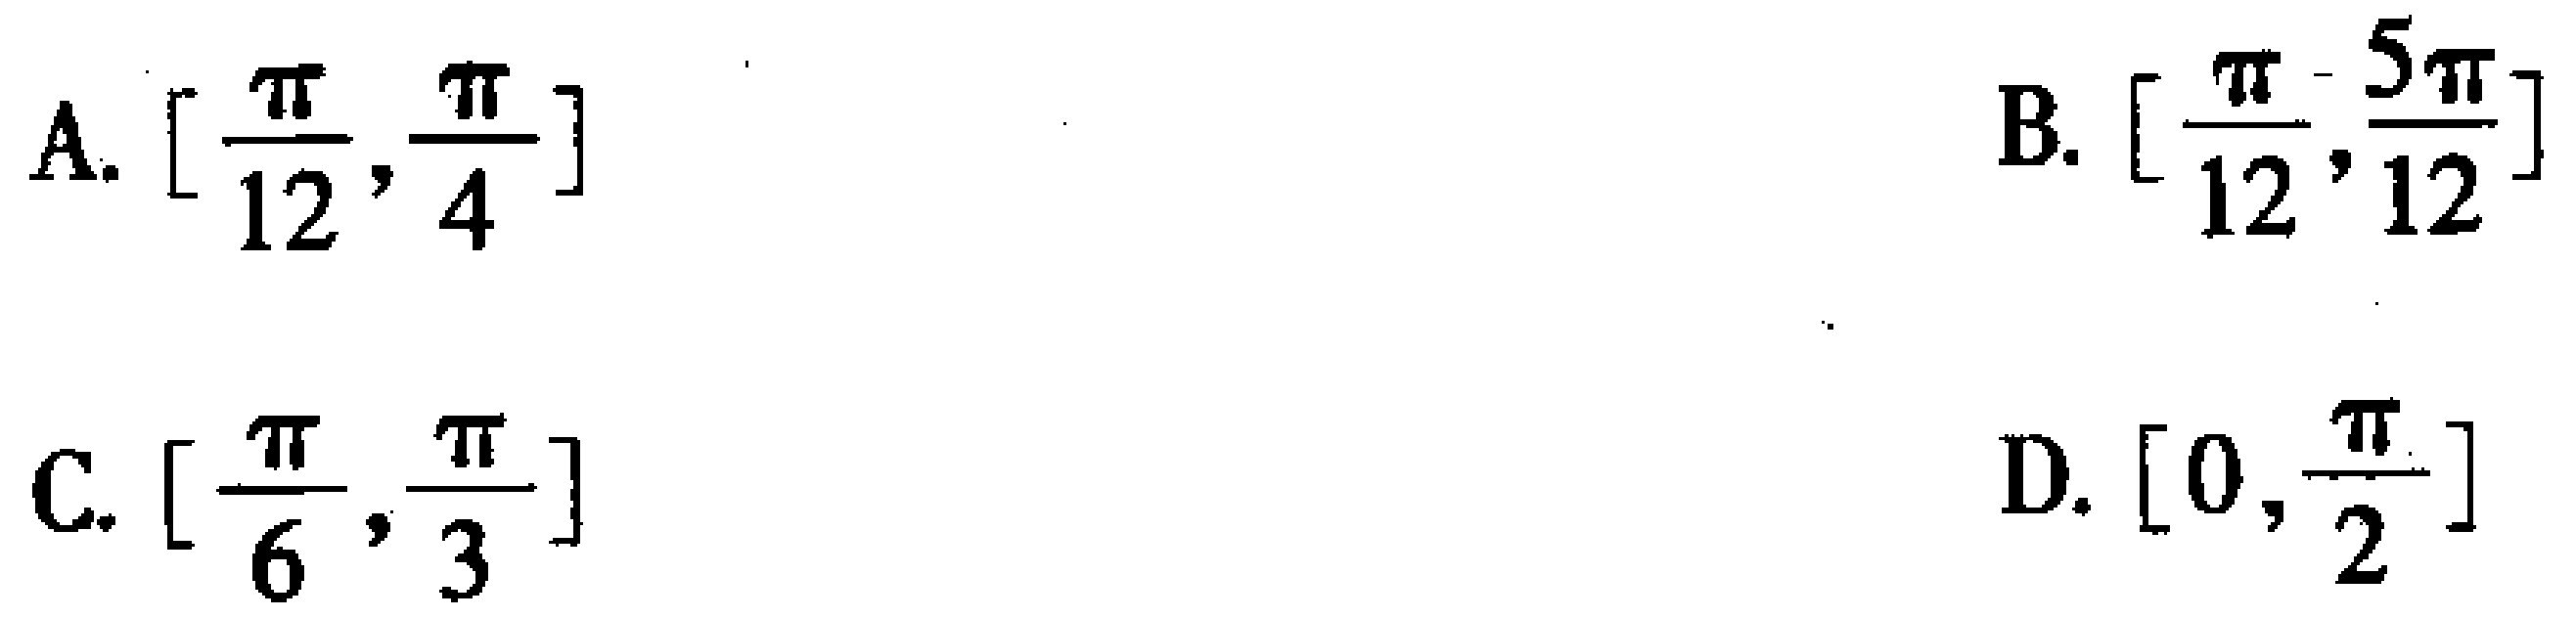
A. $\left[\frac{\pi}{12},\frac{\pi}{4}\right]$  B. $\left[\frac{\pi}{12},\frac{5\pi}{12}\right]$  C. $\left[\frac{\pi}{6},\frac{\pi}{3}\right]$  D. $\left[0,\frac{\pi}{2}\right]$